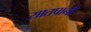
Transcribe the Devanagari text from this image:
सातपानी